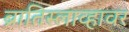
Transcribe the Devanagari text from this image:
ब्रातिस्लाव्हावर